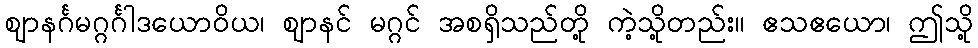
ဈာနင်္ဂမဂ္ဂင်္ဂါဒယောဝိယ၊ ဈာနင် မဂ္ဂင် အစရှိသည်တို့ ကဲ့သို့တည်း။ ဧသဧယော၊ ဤသို့